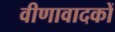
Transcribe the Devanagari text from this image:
वीणावादकों